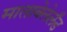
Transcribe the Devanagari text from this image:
माताबेलेलँड